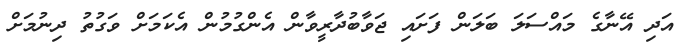
އަދި އޭނާގެ މައްސަލަ ބަލަން ފަށައި ޖަވާބުދާރީވާން އެންގުމުން އެކަމަށް ވަގުތު ދިނުމަށް